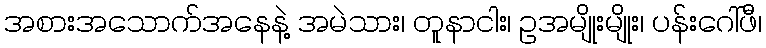
အစားအသောက်အနေနဲ့ အမဲသား၊ တူနာငါး၊ ဥအမျိုးမျိုး၊ ပန်းဂေါ်ဖီ၊